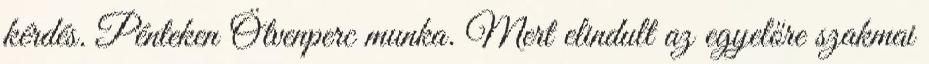
kérdés. Pénteken Ötvenperc munka. Mert elindult az egyelőre szakmai